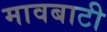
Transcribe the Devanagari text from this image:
मावबाटी